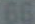
66